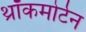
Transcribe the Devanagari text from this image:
थ्रॉकमोर्टन